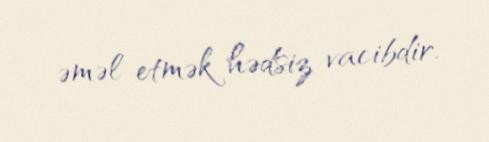
əməl etmək hədsiz vacibdir.